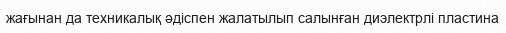
жағынан да техникалық әдіспен жалатылып салынған диэлектрлі пластина